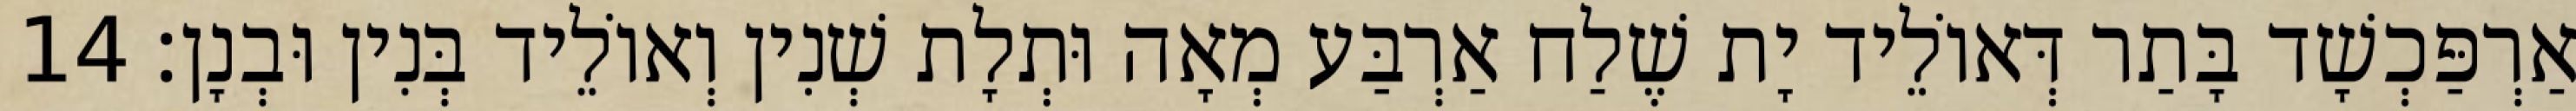
אַרְפַּכְשָׁד בָּתַר דְּאוֹלֵיד יָת שֶׁלַח אַרְבַּע מְאָה וּתְלָת שְׁנִין וְאוֹלֵיד בְּנִין וּבְנָן׃ 14